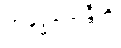
အနုဒ္ဓံသေန္တီတိ